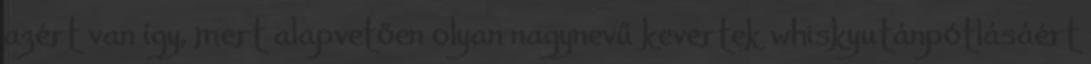
azért van így, mert alapvetően olyan nagynevű kevertek whiskyutánpótlásáért